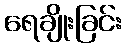
ရေချိုးခြင်း